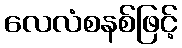
လေလံစနစ်ဖြင့်